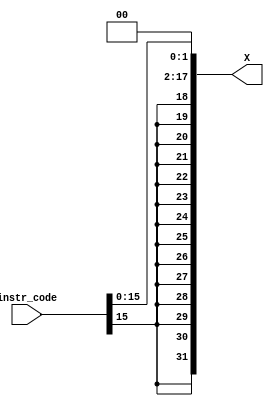
`timescale 1ns / 1ps
//////////////////////////////////////////////////////////////////////////////////
// Company: 
// Engineer: 
// 
// Design Name: 
// Module Name: Imm_gen
// Project Name: 
// Target Devices: 
// Tool Versions: 
// Description: 
// 
// Dependencies: 
// 
// Revision:
// Revision 0.01 - File Created
// Additional Comments:
// 
//////////////////////////////////////////////////////////////////////////////////
module Imm_gen(
input [31:0]instr_code , output reg[31:0]X
    );

always@(*)
begin
X = {{16{instr_code[15]}},instr_code[15:0]};
X = X<<2;
end

endmodule